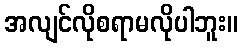
အလျင်လိုစရာမလိုပါဘူး။